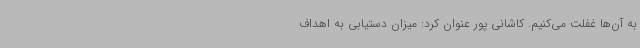
به آن‌ها غفلت می‌کنیم. کاشانی پور عنوان کرد: میزان دستیابی به اهداف